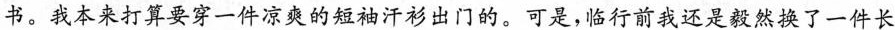
书。我本来打算要穿一件凉爽的短袖汗衫出门的。可是，临行前我还是毅然换了一件长